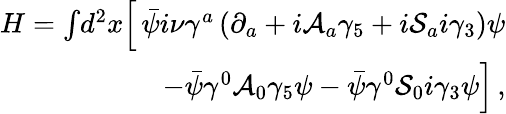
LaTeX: \begin{array}{r}{H=\int\! d^{2}x\Big[\, \bar{\psi}i\nu\gamma^{a}\left(\partial_{a}+i\mathcal{A}_{a}\gamma_{5}+i\mathcal{S}_{a}i\gamma_{3}\right)\psi}\\ {-\bar{\psi}\gamma^{0}\mathcal{A}_{0}\gamma_{5}\psi-\bar{\psi}\gamma^{0}\mathcal{S}_{0}i\gamma_{3}\psi\Big]\, ,}\end{array}